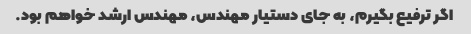
اگر ترفیع بگیرم، به جای دستیار مهندس، مهندس ارشد خواهم بود.